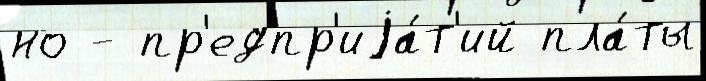
но - пр'едпр'иjа́т'ий пла́ты